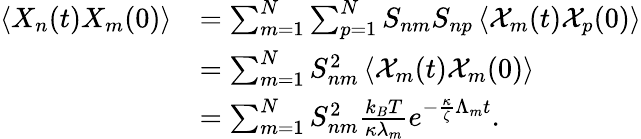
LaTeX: \begin{array}{rl}{\left<X_{n}(t)X_{m}(0)\right>}&{=\sum_{m=1}^{N}\sum_{p=1}^{N}S_{nm}S_{np}\left<\mathcal{X}_{m}(t)\mathcal{X}_{p}(0)\right>}\\ &{=\sum_{m=1}^{N}S_{nm}^{2}\left<\mathcal{X}_{m}(t)\mathcal{X}_{m}(0)\right>}\\ &{=\sum_{m=1}^{N}S_{nm}^{2}\frac{k_{B}T}{\kappa\lambda_{m}}e^{-\frac{\kappa}{\zeta}\Lambda_{m}t}.}\end{array}